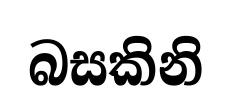
බසකිනි